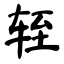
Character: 轾